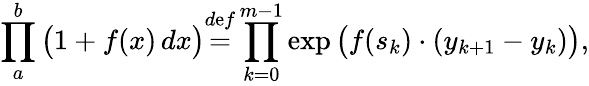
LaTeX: \prod_{a}^{b}{\big(}1+f(x)\, dx{\big)}{\overset{d\mathrm{e}f}{=}}\prod_{k=0}^{m-1}\exp{\big(}f(s_{k})\cdot(y_{k+1}-y_{k}){\big)},